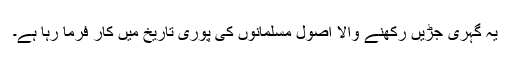
یہ گہری جڑیں رکھنے والا اصول مسلمانوں کی پوری تاریخ میں کار فرما رہا ہے۔